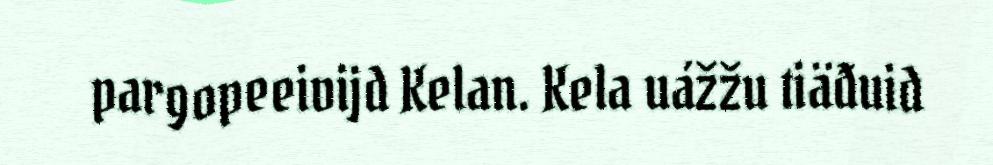
pargopeeivijd Kelan. Kela uážžu tiäđuid